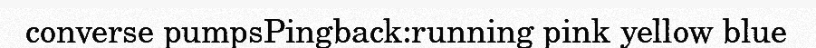
converse pumpsPingback:running pink yellow blue